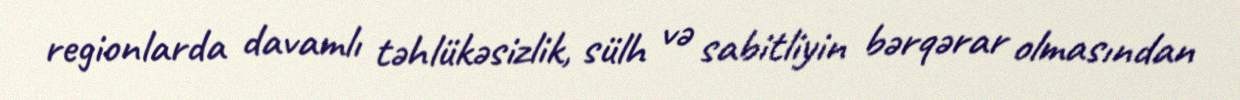
regionlarda davamlı təhlükəsizlik, sülh və sabitliyin bərqərar olmasından